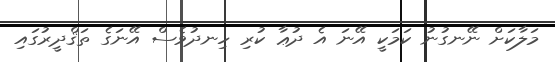
މަލާކަށް ނޭނގުނު ކަމަކީ އޭނަ އެ ދުޢާ ކުރި ހިނދުވެސް އޭނަގެ ތަޤްދީރުގައި